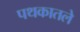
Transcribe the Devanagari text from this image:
पथकातले